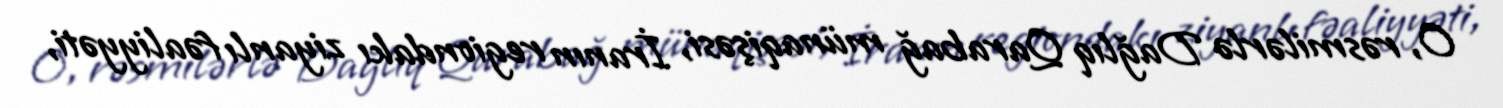
O, rəsmilərlə Dağlıq Qarabağ münaqişəsi, İranın regiondakı ziyanlı fəaliyyəti,